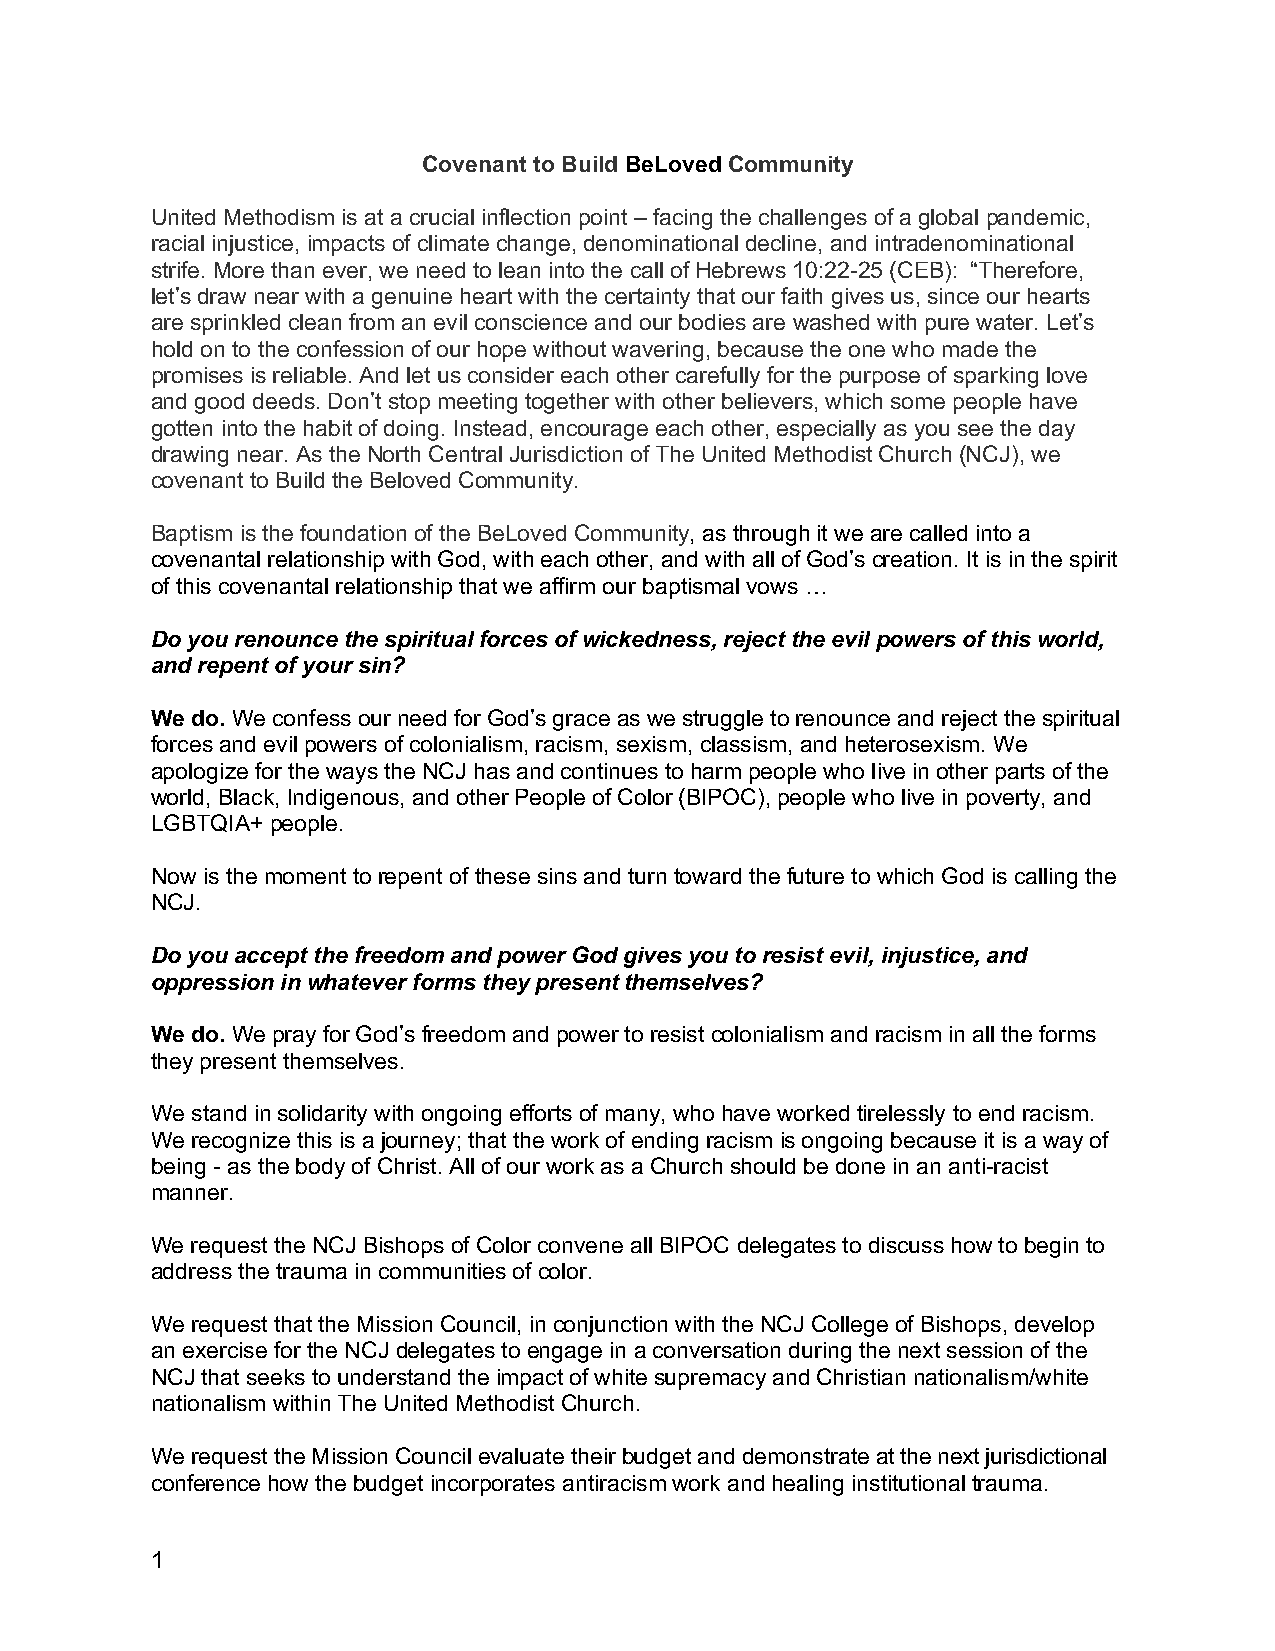
Covenant to Build BeLoved Community
 United Methodism is at a crucial inflection point – facing the challenges of a global pandemic,
 racial injustice, impacts of climate change, denominational decline, and intradenominational
 strife. More than ever, we need to lean into the call of Hebrews 10:22-25 (CEB): “Therefore,
 let’s draw near with a genuine heart with the certainty that our faith gives us, since our hearts
 are sprinkled clean from an evil conscience and our bodies are washed with pure water. Let’s
 hold on to the confession of our hope without wavering, because the one who made the
 promises is reliable. And let us consider each other carefully for the purpose of sparking love
 and good deeds. Don’t stop meeting together with other believers, which some people have
 gotten into the habit of doing. Instead, encourage each other, especially as you see the day
 drawing near. As the North Central Jurisdiction of The United Methodist Church (NCJ), we
 covenant to Build the Beloved Community.
 Baptism is the foundation of the BeLoved Community, as through it we are called into a
 covenantal relationship with God, with each other, and with all of God’s creation. It is in the spirit
 of this covenantal relationship that we affirm our baptismal vows …
 Do you renounce the spiritual forces of wickedness, reject the evil powers of this world,
 and repent of your sin?
 We do. We confess our need for God’s grace as we struggle to renounce and reject the spiritual
 forces and evil powers of colonialism, racism, sexism, classism, and heterosexism. We
 apologize for the ways the NCJ has and continues to harm people who live in other parts of the
 world, Black, Indigenous, and other People of Color (BIPOC), people who live in poverty, and
 LGBTQIA+ people.
 Now is the moment to repent of these sins and turn toward the future to which God is calling the
 NCJ.
 Do you accept the freedom and power God gives you to resist evil, injustice, and
 oppression in whatever forms they present themselves?
 We do. We pray for God’s freedom and power to resist colonialism and racism in all the forms
 they present themselves.
 We stand in solidarity with ongoing efforts of many, who have worked tirelessly to end racism.
 We recognize this is a journey; that the work of ending racism is ongoing because it is a way of
 being - as the body of Christ. All of our work as a Church should be done in an anti-racist
 manner.
 We request the NCJ Bishops of Color convene all BIPOC delegates to discuss how to begin to
 address the trauma in communities of color.
 We request that the Mission Council, in conjunction with the NCJ College of Bishops, develop
 an exercise for the NCJ delegates to engage in a conversation during the next session of the
 NCJ that seeks to understand the impact of white supremacy and Christian nationalism/white
 nationalism within The United Methodist Church.
 We request the Mission Council evaluate their budget and demonstrate at the next jurisdictional
 conference how the budget incorporates antiracism work and healing institutional trauma.
 1